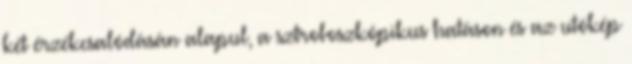
két érzékcsalódásán alapul, a sztroboszkópikus hatáson és az utókép